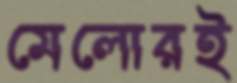
মেলোরই